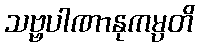
သဗ္ဗပါဏာနုကမ္ပတိ